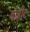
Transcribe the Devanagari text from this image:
वाहीद